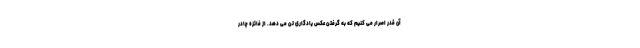
آن قدر اصرار می کنیم که به گرفتن عکس یادگاری تن می دهد. از فائزه چادر